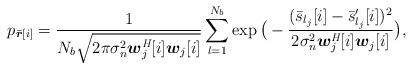
LaTeX: \begin{align*} p_{\boldsymbol {\bar{r}}[i]} = \frac{1}{N_b\sqrt{2\pi\sigma^2_{n}{\boldsymbol w}^\emph{H}_j[i]{\boldsymbol w}_j[i]}}\sum_{l=1}^{N_b}\exp\big(-\frac{(\bar{s}_{l_j}[i]-\bar{s}'_{l_j}[i])^2}{2\sigma^2_{n}{\boldsymbol w}^\emph{H}_j[i]{\boldsymbol w}_j[i]}\big),\end{align*}